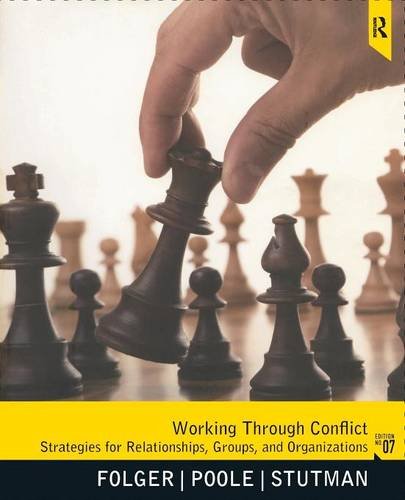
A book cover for Working through Conflict: Strategies for Relationships, Groups, and Organizations, 7th Edition; Joseph Folger; Parenting & Relationships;